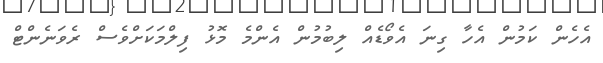
އެހެން ކަމުން އެހާ ގިނަ އެވޯޑެއް ލިބުމުން އެންމެ މޮޅު ފިލްމަކަށްވެސް ރެވަނެންޓް